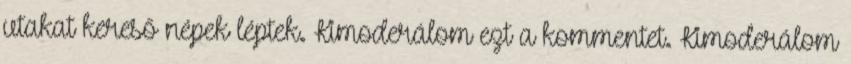
utakat kereső népek léptek. Kimoderálom ezt a kommentet. Kimoderálom